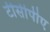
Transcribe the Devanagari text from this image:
टीसीपीए